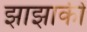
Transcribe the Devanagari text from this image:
झाझाकी